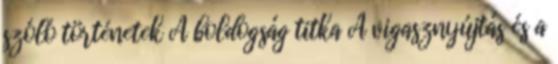
szóló történetek A boldogság titka A vigasznyújtás és a